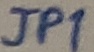
Text: JP1